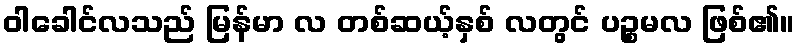
ဝါခေါင်လသည် မြန်မာ လ တစ်ဆယ့်နှစ် လတွင် ပဉ္စမလ ဖြစ်၏။